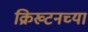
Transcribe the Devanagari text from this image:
क्रिख्टनच्या